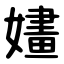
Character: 嫿